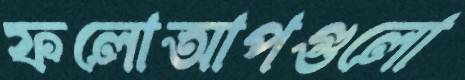
ফলোআপগুলো